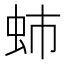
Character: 𧉽